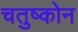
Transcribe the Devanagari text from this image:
चतुष्कोन